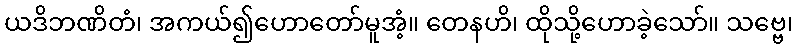
ယဒိဘဏိတံ၊ အကယ်၍ဟောတော်မူအံ့။ တေနဟိ၊ ထိုသို့ဟောခဲ့သော်။ သဗ္ဗေ၊